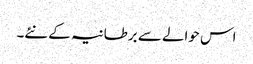
اس حوالے سے برطانیہ کے نئے۔